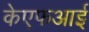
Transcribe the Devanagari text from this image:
केएफआई